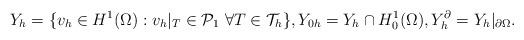
LaTeX: \begin{align*} Y_h = \{v_h\in H^1(\Omega): v_h|_T\in\mathcal{P}_1\ \forall T\in\mathcal{T}_h\}, Y_{0h} = Y_h\cap H^1_0(\Omega), Y_h^\partial = Y_h|_{\partial\Omega}.\end{align*}